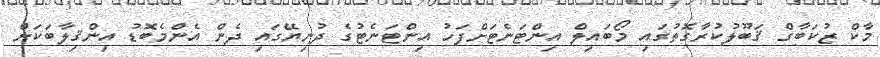
މާކް ޒުކަބާގް ޤަބޫލުކުރާގޮތުގައި މޯބައިލް އިންޓަނެޓަށްފަހު އިންޓަނެޓުގެ ދުނިޔޭގައި ދެން އެންމެބޮޑު އިންޤިލާބަކަށް